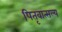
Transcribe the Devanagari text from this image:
पितृवात्सल्य